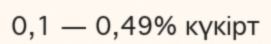
0,1 — 0,49% күкірт